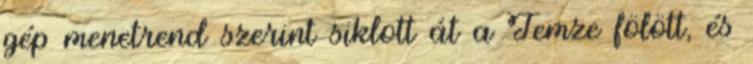
gép menetrend szerint siklott át a Temze fölött, és